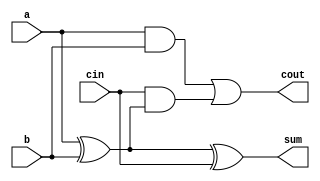
`timescale 1ns / 1ps
//////////////////////////////////////////////////////////////////////////////////
// Company: 
// Engineer: 
// 
// Design Name: 
// Module Name: 16_bit_ALU
// Project Name: 
// Target Devices: 
// Tool Versions: 
// Description: 
// 
// Dependencies: 
// 
// Revision:
// Revision 0.01 - File Created
// Additional Comments:
// 
//////////////////////////////////////////////////////////////////////////////////


module addbit(
    input cin,
    input a,
    input b,
    output cout,
    output sum
    );
    //Sum
    wire a_xor_b;
    xor(a_xor_b, a, b);
    xor(sum, a_xor_b, cin);
    //Carry out
    wire a_and_b;
    and(a_and_b, a, b);
    wire and_xor;
    and(and_xor, cin, a_xor_b);
    or(cout, a_and_b, and_xor);
    
    
endmodule